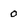
Character: O